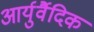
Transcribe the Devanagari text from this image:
आर्युर्वैदिक